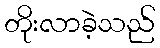
တိုးလာခဲ့သည်